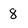
Character: 8